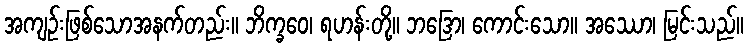
အကျဉ်းဖြစ်သောအနက်တည်း။ ဘိက္ခဝေ၊ ရဟန်းတို့။ ဘဒြော၊ ကောင်းသော။ အဿော၊ မြင်းသည်။